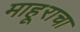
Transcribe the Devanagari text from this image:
माहूराचा